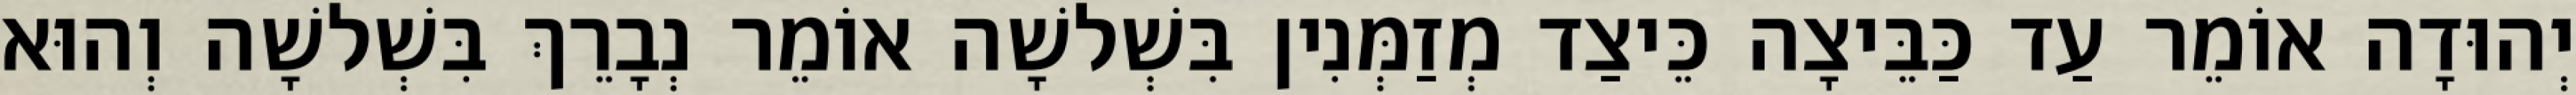
יְהוּדָה אוֹמֵר עַד כַּבֵּיצָה כֵּיצַד מְזַמְּנִין בִּשְׁלשָׁה אוֹמֵר נְבָרֵךְ בִּשְׁלשָׁה וְהוּא